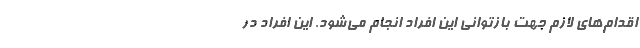
اقدام‌های لازم جهت بازتوانی این افراد انجام می‌شود. این افراد در